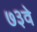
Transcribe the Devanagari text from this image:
७३वे